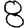
Digit: 8